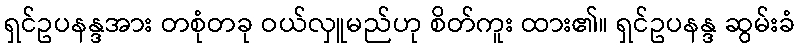
ရှင်ဥပနန္ဒအား တစုံတခု ဝယ်လှူမည်ဟု စိတ်ကူး ထား၏။ ရှင်ဥပနန္ဒ ဆွမ်းခံ